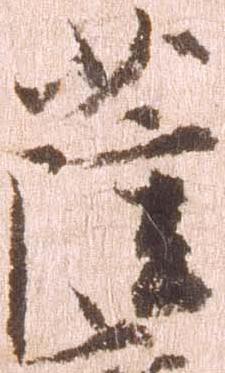
薩